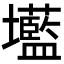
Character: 𭐌